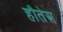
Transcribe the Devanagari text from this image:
हौतेस